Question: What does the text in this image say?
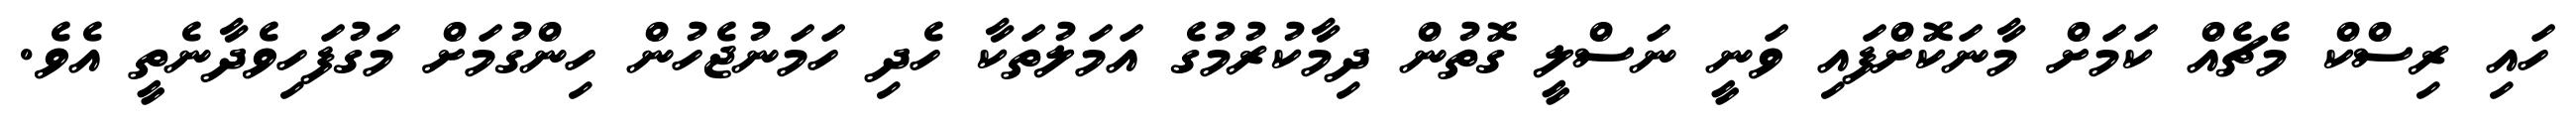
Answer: ހައި ރިސްކް މެޗެއް ކަމަށް މާނަކޮށްފައި ވަނީ ނަސްލީ ގޮތުން ދިމާކުރުމުގެ އަމަލުތަކާ ހެދި ހަމަނުޖެހުން ހިންގުމަށް މަގުފަހިވެދާނެތީ އެވެ.